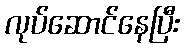
လုပ်ဆောင်နေပြီး